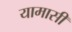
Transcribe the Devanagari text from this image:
यामासी